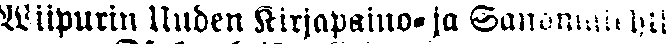
Wiipurin uuden Kirjapaino- ja Sanomalehti